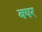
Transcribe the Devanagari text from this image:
बषर